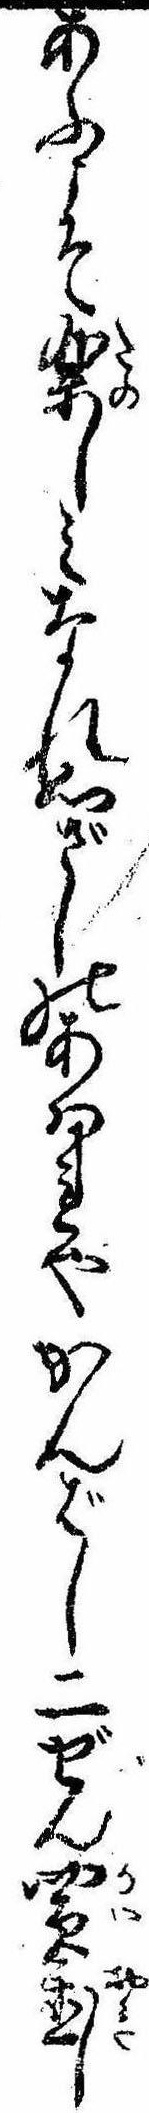
あふこそ楽しみなれ心ざしのあはれやかんばし二ぜん買置し